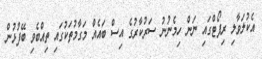
އެކުލަވާލި ރިޕޯޓްގައި ނަން ހިމެނުނު ސަރުކާރުގެ އިސް ބައެއް މަގާމުތަކުގައި ތިއްބެވި ބޭފުޅުން